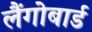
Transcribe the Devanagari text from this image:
लैंगोबार्ड